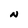
Character: N